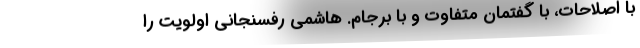
با اصلاحات، با گفتمان متفاوت و با برجام. هاشمی رفسنجانی اولویت را